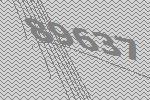
89637